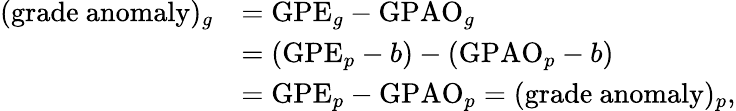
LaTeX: \begin{array}{rl}{(\mathrm{grade~anomaly})_{g}}&{=\mathrm{GPE}_{g}-\mathrm{GPAO}_{g}}\\ &{=(\mathrm{GPE}_{p}-b)-(\mathrm{GPAO}_{p}-b)}\\ &{=\mathrm{GPE}_{p}-\mathrm{GPAO}_{p}=(\mathrm{grade~anomaly})_{p},}\end{array}